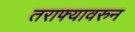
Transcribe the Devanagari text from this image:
तराफ्यावरुन